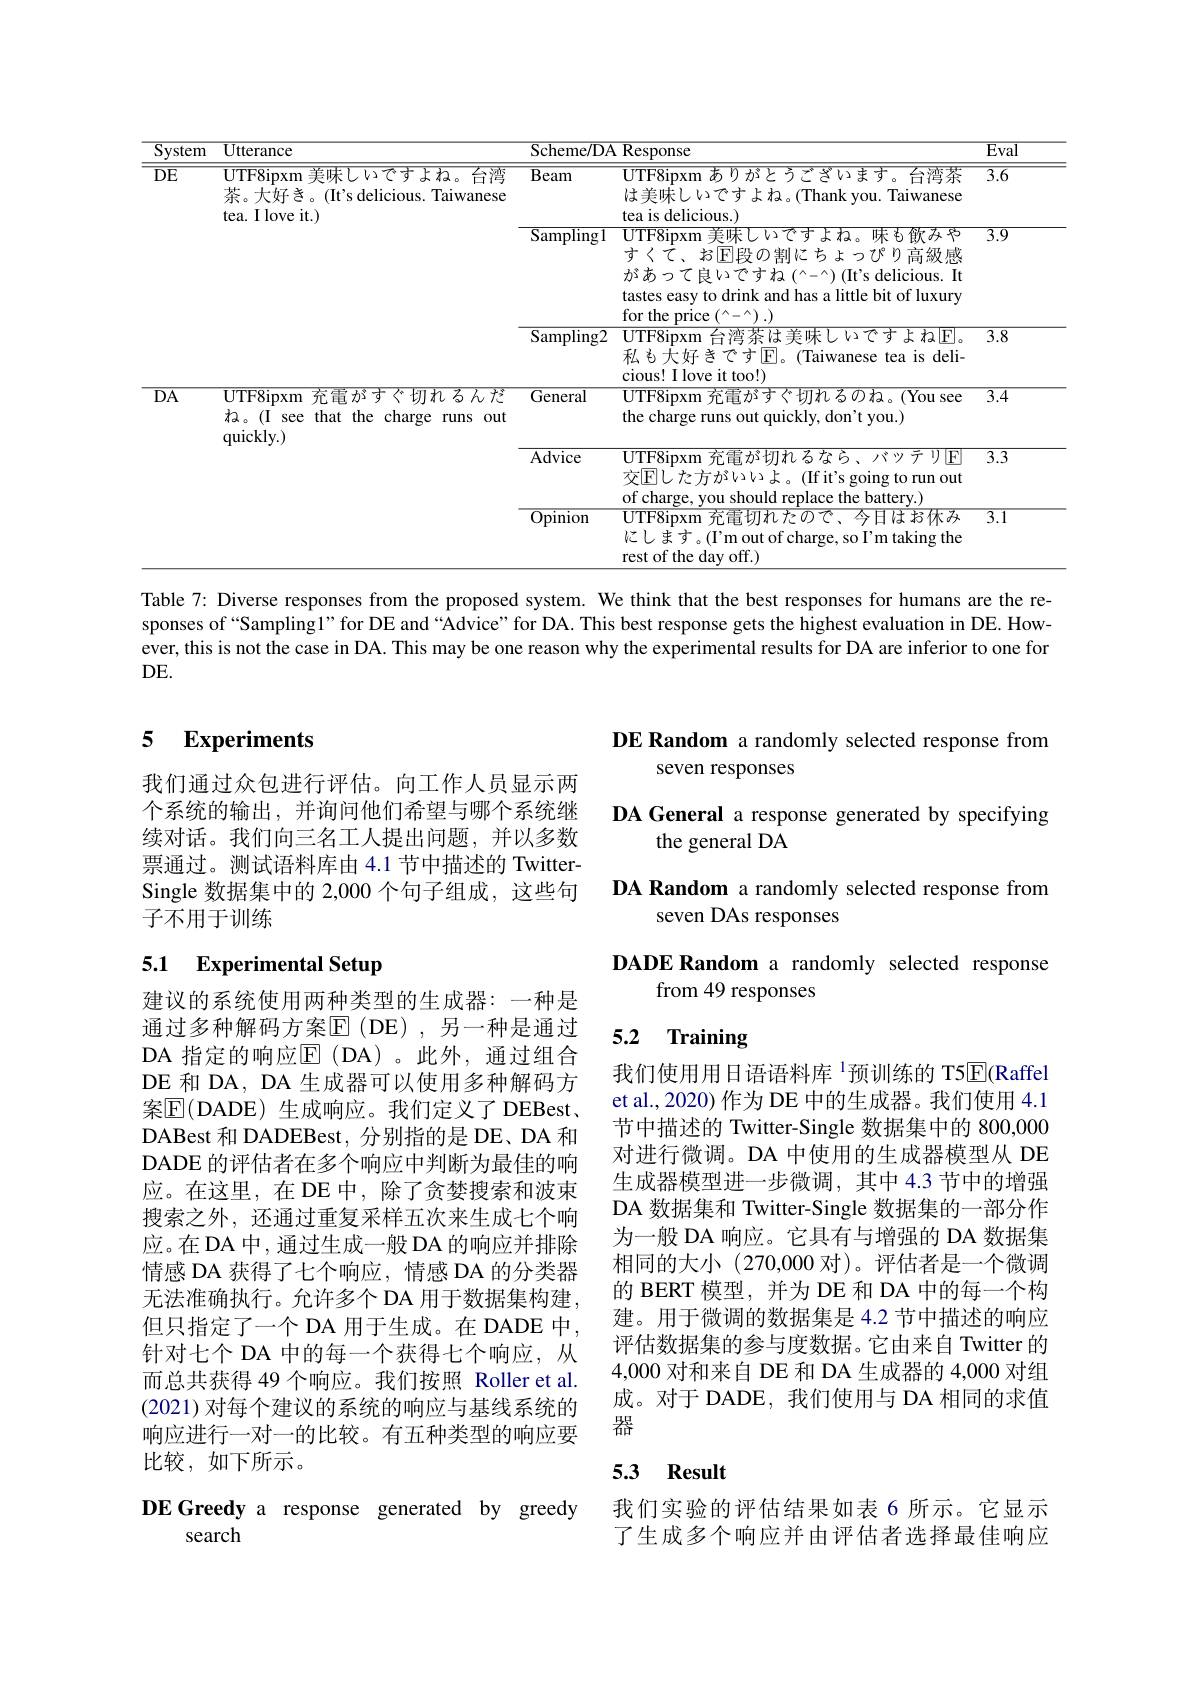
<table>
	<tbody>
		<tr>
			<th rowspan="1">$\overline{\text{System}}$ $\overline{\mathrm{DE}}$</th>
			<th>$\overline{{\mathrm{Utterance}}}$</th>
			<th>Scheme/ DA</th>
			<th>${\textbf{A Response}}$</th>
			<th>$\overline{Eva}$</th>
		</tr>
		<tr>
			<th rowspan="3">$\overline{\mathrm{DE}}$</th>
			<th>$UTF8ipxm$美味しいですよね。台湾 茶。大好き。(It's delicious. Taiwanese tea. I love it.)</th>
			<th>$\overline{\text{Beam}}$</th>
			<th>UTF8ipxm ありがとうございます。台湾茶 は美味しいですよね。(Thank you. Taiwanese tea is delicious.)</th>
			<th>$\overline{3.6}$</th>
		</tr>
		<tr>
			<td> </td>
			<td>$\overline{{\mathrm{Sampling1}}}$</td>
			<td>UTF8ipxm 美味しいですよね。味も飲みや すくて、お$\mathbb{E}$段の割にちょっぴり高級感 があって良いですね$(^\wedge-^\wedge)$(It's delicious. It tastes easy to drink and has a little bit of luxury for the price $(^\wedge-^\wedge).)$</td>
			<td>$\overline{3.9}$</td>
		</tr>
		<tr>
			<td> </td>
			<td>$\operatorname{Sampling2}$</td>
			<td>UTF8ipxm 台湾茶は美味しいですよね$|E|$。私も大好きです$|\mathcal{E}|$。(Taiwanese tea is deli- cious! I love it too!)</td>
			<td>$\overline{3.8}$</td>
		</tr>
		<tr>
			<td rowspan="3">$\overline{\mathrm{DA}}$</td>
			<td>UTF8ipxm 充雷がすぐ切れるんだ ね。(I see that the charge runs out quickly. )</td>
			<td>General</td>
			<td>UTF8ipxm 充電がすぐ切れるのね。(You see the charge runs out quickly, don't you.)</td>
			<td>$\overline{3.4}$</td>
		</tr>
		<tr>
			<td> </td>
			<td>Advice</td>
			<td>UTF8ipxm 充電が切れるなら、パッテリ$\mathbb{E}$ 交$\mathbb{E}$した方がいいよ。(If it's going to run out of charge. vou should replace the batterv.)</td>
			<td>$\overline{3.3}$</td>
		</tr>
		<tr>
			<td> </td>
			<td>$\overline{\mathrm{Opinion}}$</td>
			<td>UTF8ipxm 充電切れたので、今日はお休み 汇します。(I'm out of charge, so I'm taking the rest of the day off.)</td>
			<td>3.1</td>
		</tr>
	</tbody>
</table>

Table 7: Diverse responses from the proposed system. We think that the best responses for humans are the responses of “Sampling1” for DE and“Advice” for DA. This best response gets the highest evaluation in DE. However, this is not the case in DA. This may be one reason why the experimental results for DA are inferior to one for $DE.$

### 5 $\textbf{Experiments}$

我们通过众包进行评估。向工作人员显示两个系统的输出，并询问他们希望与哪个系统继续对话。我们向三名工人提出问题，并以多数票通过。测试语料库由 4.1 节中描述的 TwitterSingle 数据集中的 2,000 个句子组成，这些句子不用于训练

## 5.1 Experimental Setup

建议的系统使用两种类型的生成器：一种是通过多种解码方案$\mathbb{E}$(DE),另一种是通过DA 指定的响应$\operatorname{E}($DA)。此外，通过组合DE 和 DA, DA 生成器可以使用多种解码方案$\overline{\mathrm{E}}($DADE)生成响应。我们定义了 DEBest、 DABest 和 DADEBest, 分别指的是 DE、DA 和DADE 的评估者在多个响应中判断为最佳的响应。在这里，在DE 中，除了贪婪搜索和波束搜索之外，还通过重复采样五次来生成七个响应。在 DA 中，通过生成一般 DA 的响应并排除情感 DA 获得了七个响应，情感 DA 的分类器无法准确执行。允许多个 DA 用于数据集构建， 但只指定了一个 DA 用于生成。在 DADE 中， 针对七个 DA 中的每一个获得七个响应，从而总共获得 49 个响应。我们按照 Roller et al. (2021) 对每个建议的系统的响应与基线系统的响应进行一对一的比较。有五种类型的响应要比较，如下所示。

DEGreedy a response generated by greedy
search

DE Random a randomly selected response from
## seven responses

DA General a response generated by specifying
the general DA
DA Random a randomly selected response from
seven DAs responses

DADE Random a randomly selected response
from 49 responses

# 5.2 Training

我们使用用日语语料库$^{1}$预训练的 T5$\overline{\mathrm{E}}($Raffel et al., 2020) 作为 DE 中的生成器。我们使用 4.1节中描述的 Twitter-Single 数据集中的 800,000对进行微调。DA 中使用的生成器模型从 DE 生成器模型进一步微调，其中 4.3 节中的增强DA 数据集和 Twitter-Single 数据集的一部分作为一般 DA 响应。它具有与增强的 DA 数据集相同的大小(270,000 对)。评估者是一个微调的 BERT 模型，并为 DE 和 DA 中的每一个构建。用于微调的数据集是 4.2 节中描述的响应评估数据集的参与度数据。它由来自 Twitter 的4,000 对和来自 DE 和 DA 生成器的 4,000 对组成。对于 DADE, 我们使用与 DA 相同的求值器

### 5.3 Result

我们实验的评估结果如表 6 所示。它显示了生成多个响应并由评估者选择最佳响应